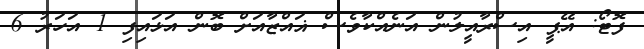
ފޮޓޯ: އޭޕީ އިސްރާއީލުން އަނެއްކާވެސް ޣައްޒާއަށް ބޮން އަޅައިފި 1 އަހަރު 6